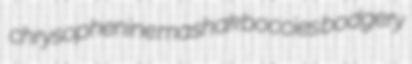
chrysophenine mashak boccies bodgery